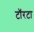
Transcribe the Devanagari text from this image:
टॉरटा